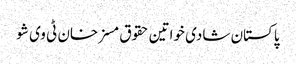
پاکستان شادی خواتین حقوق مسز خان ٹی وی شو